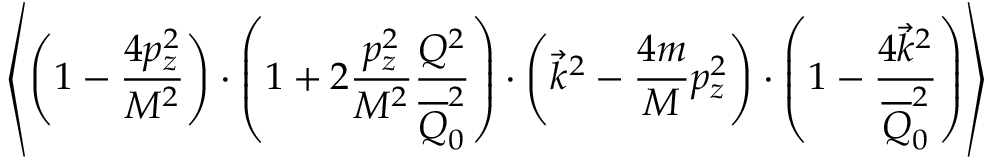
\left\langle \left( 1 - { \frac { 4 p _ { z } ^ { 2 } } { M ^ { 2 } } } \right) \cdot \left( 1 + 2 { \frac { p _ { z } ^ { 2 } } { M ^ { 2 } } } { \frac { Q ^ { 2 } } { \overline { { Q } } _ { 0 } ^ { 2 } } } \right) \cdot \left( \vec { k } ^ { 2 } - { \frac { 4 m } { M } } p _ { z } ^ { 2 } \right) \cdot \left( 1 - { \frac { 4 \vec { k } ^ { 2 } } { \overline { { Q } } _ { 0 } ^ { 2 } } } \right) \right\rangle